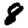
Digit: 8